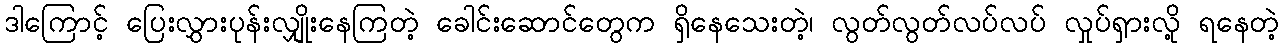
ဒါကြောင့် ပြေးလွှားပုန်းလျှိုးနေကြတဲ့ ခေါင်းဆောင်တွေက ရှိနေသေးတဲ့၊ လွတ်လွတ်လပ်လပ် လှုပ်ရှားလို့ ရနေတဲ့